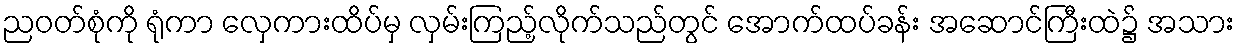
ညဝတ်စုံကို ရုံကာ လှေကားထိပ်မှ လှမ်းကြည့်လိုက်သည်တွင် အောက်ထပ်ခန်း အဆောင်ကြီးထဲ၌ အသား